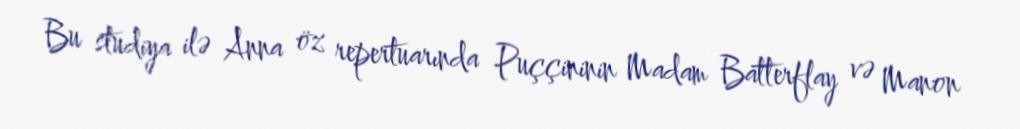
Bu studiya ilə Anna öz repertuarında Puççininin Madam Batterflay və Manon